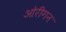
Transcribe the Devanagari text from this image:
ओरीगन